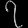
Digit: ၇